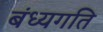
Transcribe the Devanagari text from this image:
बंध्यगति